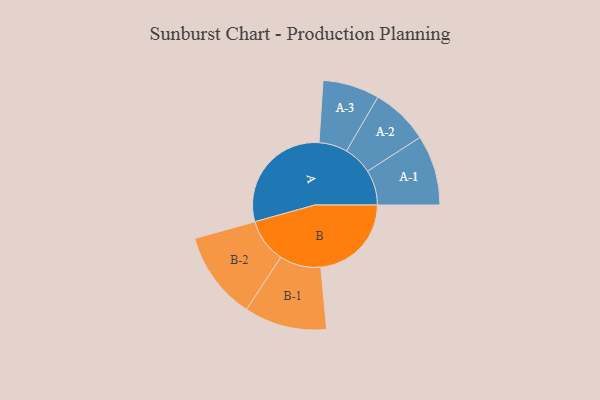
{"axis": {"x": "Segment", "y": "Value"}, "legend": ["", "A", "B"], "data": [{"x": "A", "y": 453, "type": ""}, {"x": "B", "y": 351, "type": ""}, {"x": "A-1", "y": 136, "type": "A"}, {"x": "A-2", "y": 112, "type": "A"}, {"x": "A-3", "y": 110, "type": "A"}, {"x": "B-1", "y": 160, "type": "B"}, {"x": "B-2", "y": 171, "type": "B"}]}